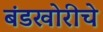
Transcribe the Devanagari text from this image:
बंडखोरीचे